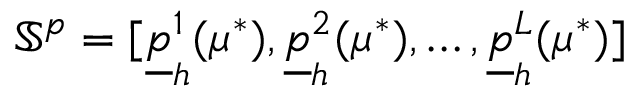
\mathbb { S } ^ { p } = [ \underline { { p } } _ { h } ^ { 1 } ( \mu ^ { * } ) , \underline { { p } } _ { h } ^ { 2 } ( \mu ^ { * } ) , \dots , \underline { { p } } _ { h } ^ { L } ( \mu ^ { * } ) ]